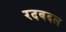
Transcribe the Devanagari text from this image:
रदबदल